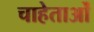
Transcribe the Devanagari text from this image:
चाहेताओं